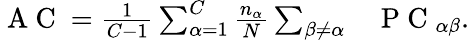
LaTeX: \begin{array}{rl}{\mathrm{~A~C~}=\frac{1}{C-1}\sum_{\alpha=1}^{C}\frac{n_{\alpha}}{N}\sum_{\beta\neq\alpha}}&{{}\mathrm{~P~C~}_{\alpha\beta}.}\end{array}